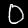
Digit: 0